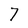
Character: 7